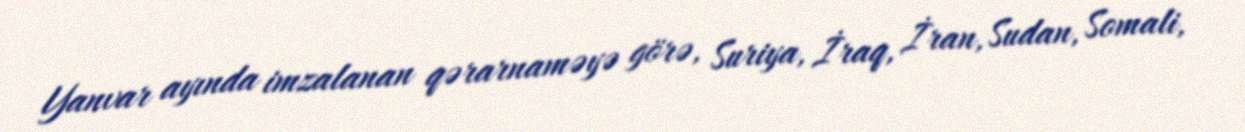
Yanvar ayında imzalanan qərarnaməyə görə, Suriya, İraq, İran, Sudan, Somali,